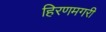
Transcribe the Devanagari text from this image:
हिरणमगरी